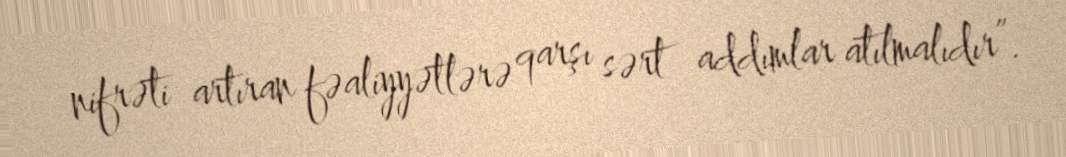
nifrəti artıran fəaliyyətlərə qarşı sərt addımlar atılmalıdır”.